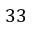
3 3